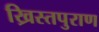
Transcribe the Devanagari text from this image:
ख्रिस्तपुराण